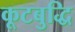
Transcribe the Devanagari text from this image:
कूटबुद्धि